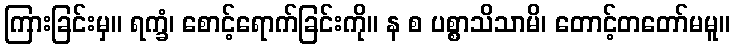
ကြားခြင်းမှ။ ရက္ခံ၊ စောင့်ရောက်ခြင်းကို။ န စ ပစ္စာသိသာမိ၊ တောင့်တတော်မမူ။